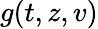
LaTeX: {g}(t,z,v)